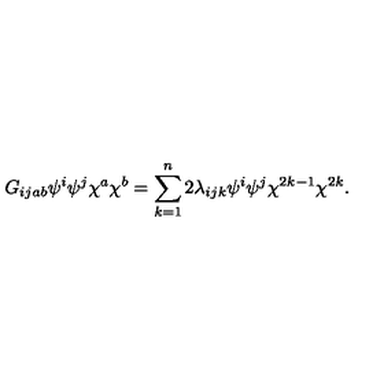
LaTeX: G _ { i j a b } \psi ^ { i } \psi ^ { j } \chi ^ { a } \chi ^ { b } = \sum _ { k = 1 } ^ { n } 2 \lambda _ { i j k } \psi ^ { i } \psi ^ { j } \chi ^ { 2 k - 1 } \chi ^ { 2 k } .